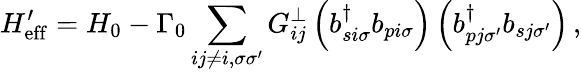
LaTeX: H_{\mathrm{eff}}^{\prime}=H_{0}-\Gamma_{0}\sum_{ij\neq i,\sigma\sigma^{\prime}}G_{ij}^{\perp}\left(b_{si\sigma}^{\dagger}b_{pi\sigma}\right)\left(b_{pj\sigma^{\prime}}^{\dagger}b_{sj\sigma^{\prime}}\right)\, ,